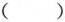
( )